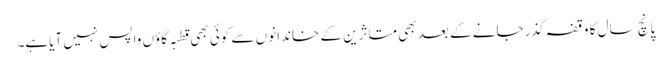
پانچ سال کا وقفہ گذر جانے کے بعد بھی متاثرین کے خاندانو ں سے کوئی بھی قطبہ گاؤں واپس نہیں آیاہے۔